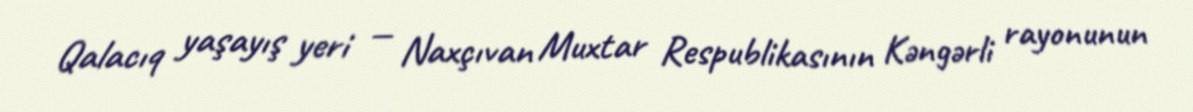
Qalacıq yaşayış yeri — Naxçıvan Muxtar Respublikasının Kəngərli rayonunun